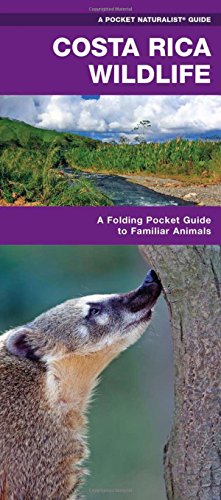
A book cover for Costa Rica Wildlife: A Folding Pocket Guide to Familiar Species (Pocket Naturalist Guide Series); James Kavanagh; Sports & Outdoors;